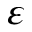
\varepsilon